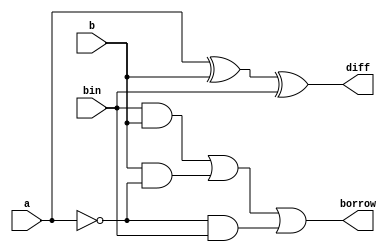
`timescale 1ns / 1ps
//////////////////////////////////////////////////////////////////////////////////
// Company: 
// Engineer: 
// 
// Design Name: 
// Module Name: full_sub
// Project Name: 
// Target Devices: 
// Tool Versions: 
// Description: 
// 
// Dependencies: 
// 
// Revision:
// Revision 0.01 - File Created
// Additional Comments:
// 
//////////////////////////////////////////////////////////////////////////////////


module full_sub_behav(
    input a,
	input b,
	input bin,
	output reg diff,
	output reg borrow
	);

always @(*) begin
    diff = a^b^bin;
	borrow = (bin&b)|(b&(~a))|((~a)&bin);
end
endmodule